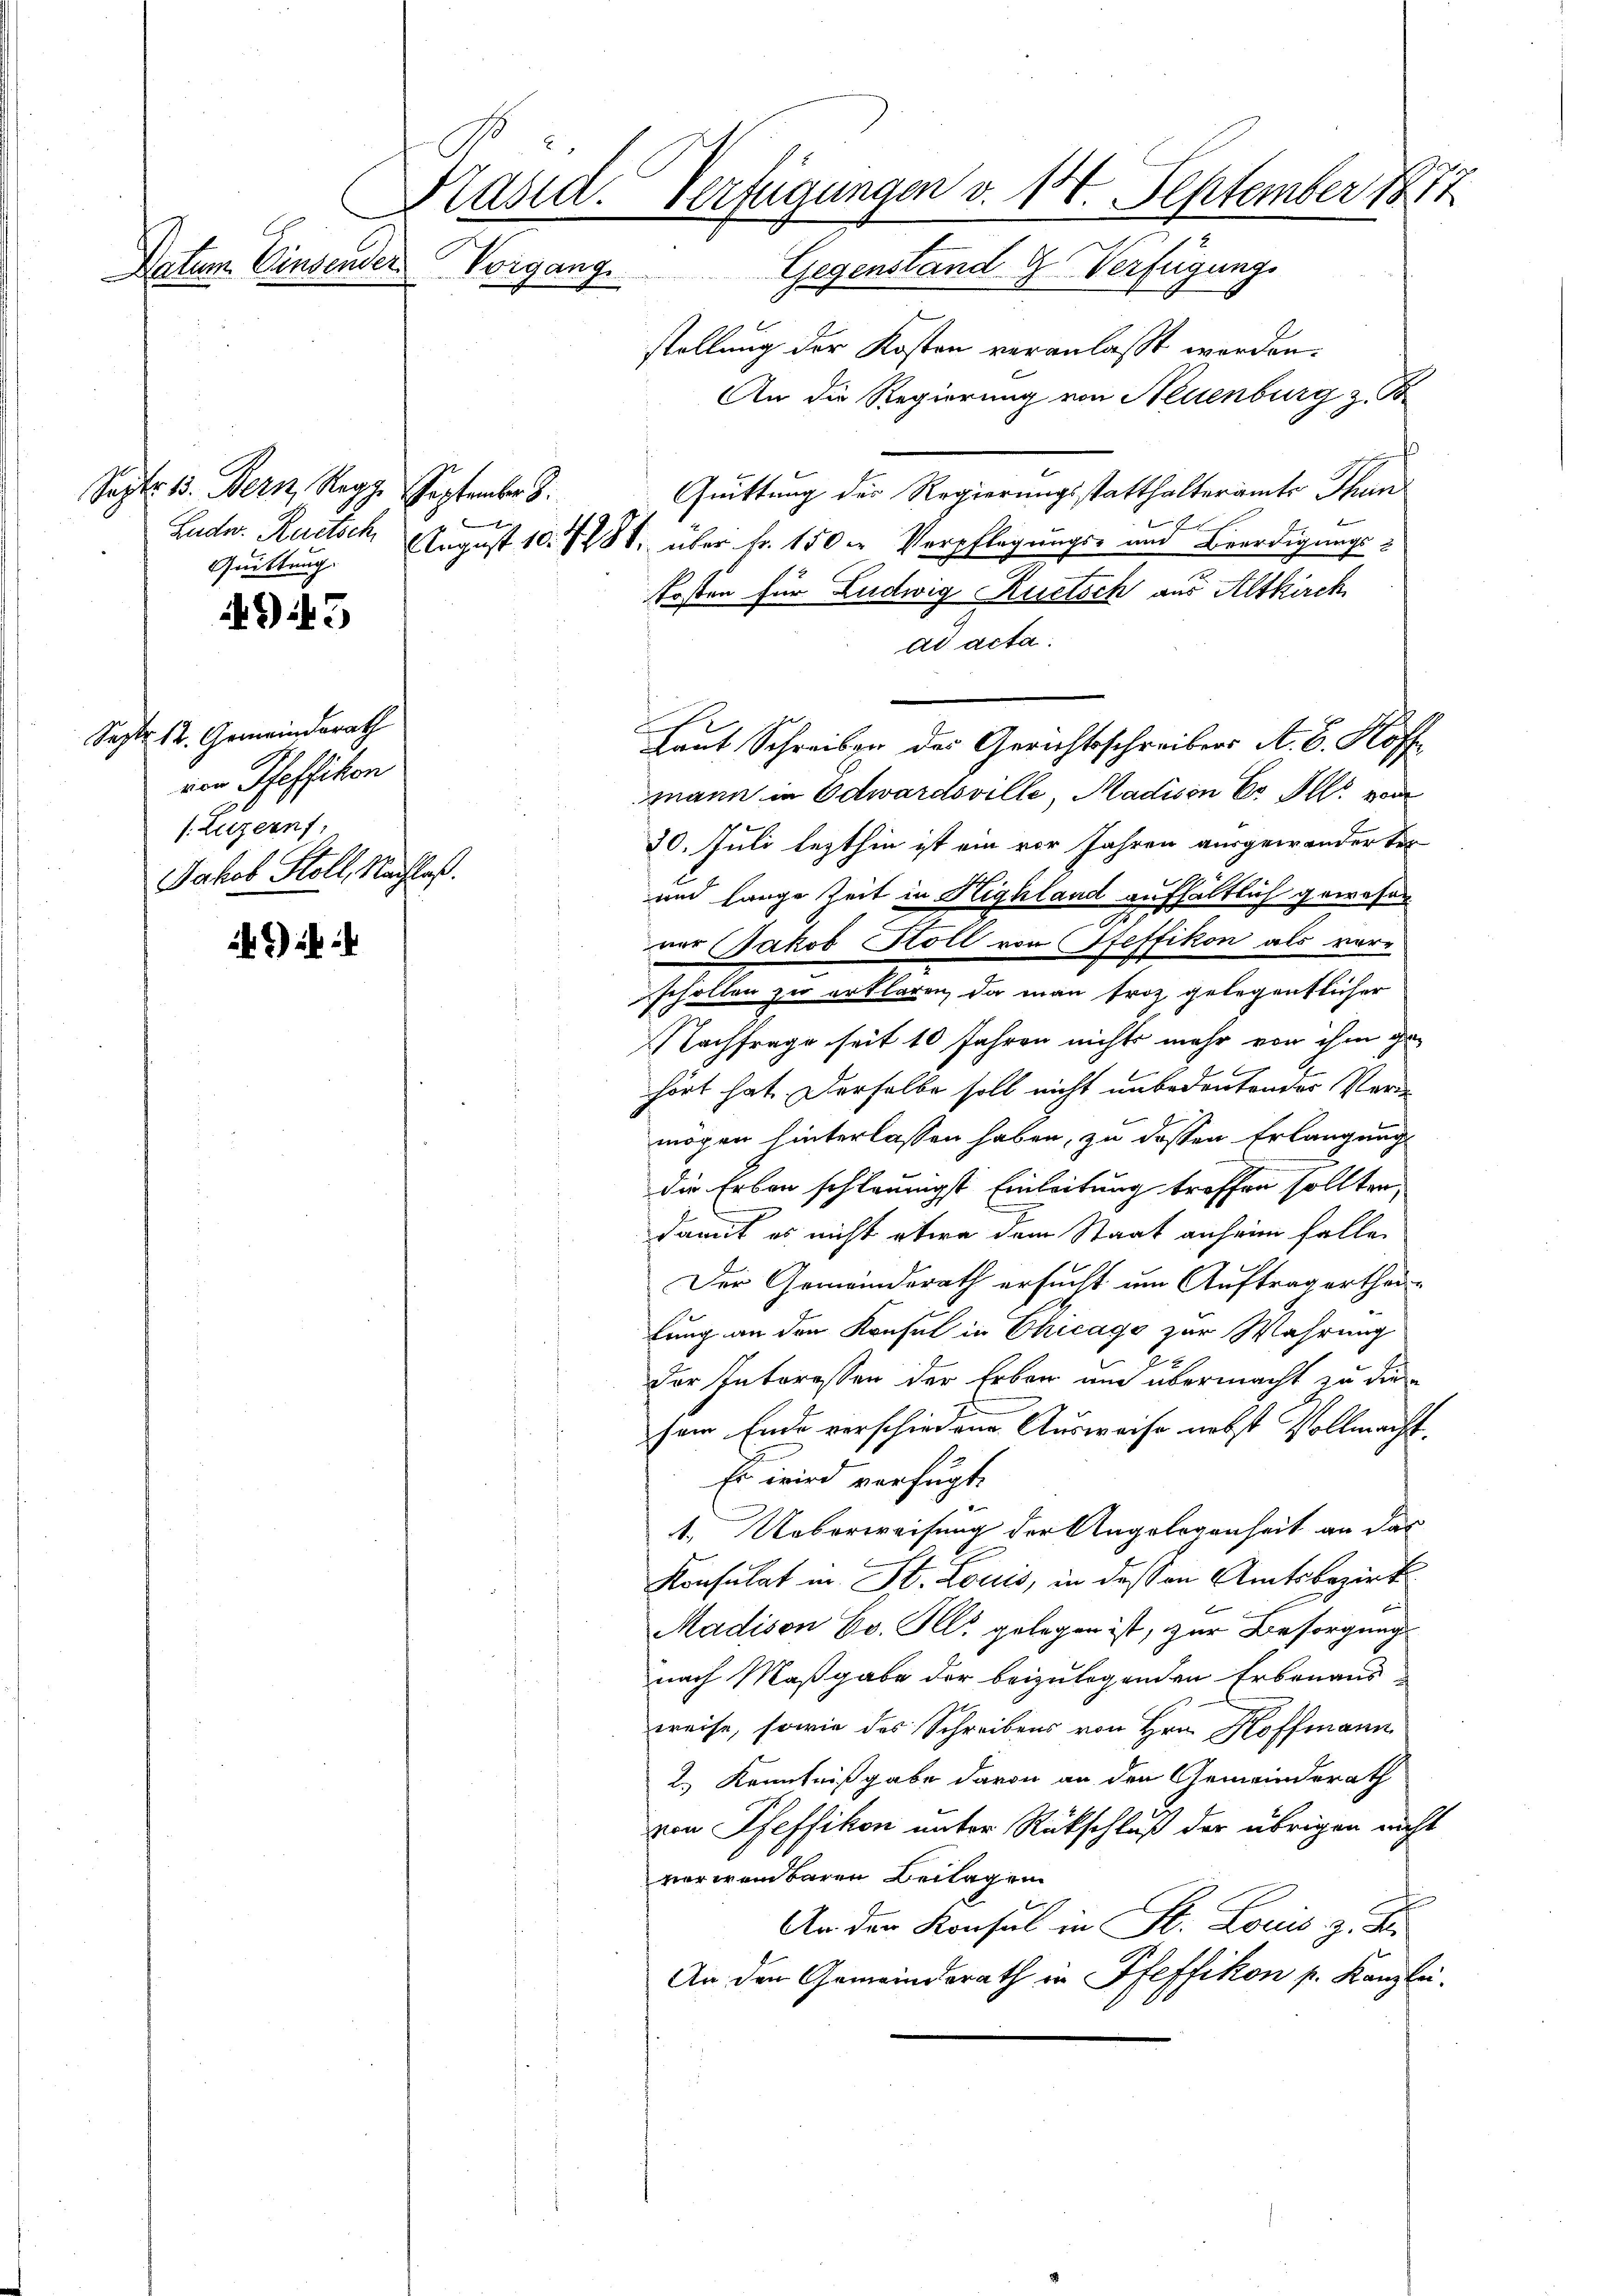
Kasid. Verfügungen v. 14. September 1871
Datum Einsender
Vorgang. Gegenstand & Verfügungs

Sept. 13. Bern, Regg. September
Quittung.

943

Sept. 12. Gemeindsrath
von Pfeffikon
/. Luzern:
Jakob Stoll, Nachlaß.

it ih

stellung der Kosten veranlaßt worden.
An die Regierung von Neuenburg z. B
Quittung des Regierungsstatthalterämte Than
b
Ludw. Ruetsch, August 10. 1288. über fr. 150. Verpflegungs- und Beerdigungs¬
Kosten für Ludwig Ruetsch aus Altkirch
ad acta
mann in Edwardsville, Madison Er Ill. von
30. Juli lezthin ist ein vor Jahren ausgewander ter
und lange Zeit in Highland aufhältlich gewesen
ner Jakob Stöll von (Pfeffikon als vorschollen zu erklären, da man froh gelegentlicher
Nachfrage seit 10 Jahren nichts mehr von ihm gehört hat. Derselbe soll nicht unbedeutender Verm
mögen hinterlassen haben, zu dessen Erlangung
die Erben schleunigst Einleitung treffen sollten,
damit es nicht etwa dem Staat anheim falle
Der Gemeinderath ersucht um Auftrag erthei
lung an den Konsul in Chicago zur Wahrung
der Interessen der Erben und übermacht zu die
sem Ende verschiedene Ausweise nebst Vollmacht¬
Es wird verfügt.
1. Ueberweisung der Angelegenheit an das
Konsulat in St. Louis, in dessen Amtsbezirk

Madison Co. Ill. gelegen ist, zur Besorgung
nach Maßgabe der beizulegenden Erbenaus
weise, sowie des Schreibens von Hrn. Hoffmann
2.) Kenntnißgabe davon an den Gemeinderath
von Pfeffikon unter Rückschluß der übrigen nicht
verweinbaren Beilagen
An den Konsul in St. Louis z. B.
An den Gemeindsrath in Pfeffikon pr. Kanzlei-

Laut Schreiben des Gerichtsschreibens A. B. Hoff¬